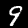
Label: 9